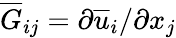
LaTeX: \overline{{G}}_{ij}=\partial\overline{{u}}_{i}/\partial x_{j}